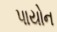
પાયોન